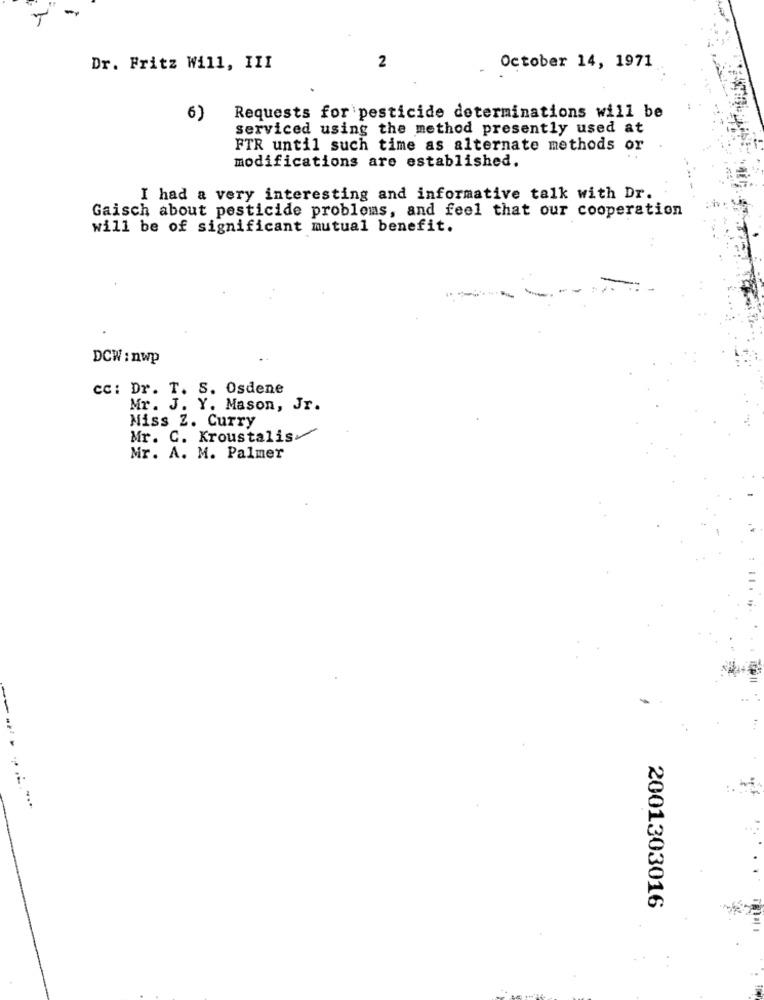
-
Dr. Fritz Will, III
2
October 14, 1971
6)
Requests for pesticide determinations will be
serviced using the method presently used at
FTR until such time as alternate methods or
modifications are established.
I had a very interesting and informative talk with Dr.
Gaisch about pesticide problems, and feel that our cooperation
will be of significant mutual benefit.
DCW : nwp
cc: Dr. T. S. Osdene
Mr. J. Y. Mason, Jr.
Miss Z. Curry
Mr. C. Kroustalis
Mr. A. M. Palmer
2001303016